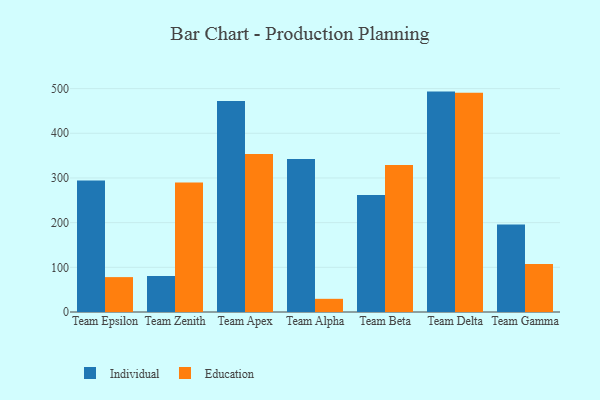
{"axis": {"x": "Team", "y": "Energy Usage (MWh)"}, "legend": ["Education", "Individual"], "data": [{"x": "Team Epsilon", "y": 294.4, "type": "Individual"}, {"x": "Team Epsilon", "y": 78.1, "type": "Education"}, {"x": "Team Zenith", "y": 80.6, "type": "Individual"}, {"x": "Team Zenith", "y": 290.0, "type": "Education"}, {"x": "Team Apex", "y": 472.3, "type": "Individual"}, {"x": "Team Apex", "y": 353.6, "type": "Education"}, {"x": "Team Alpha", "y": 342.4, "type": "Individual"}, {"x": "Team Alpha", "y": 29.5, "type": "Education"}, {"x": "Team Beta", "y": 261.6, "type": "Individual"}, {"x": "Team Beta", "y": 328.9, "type": "Education"}, {"x": "Team Delta", "y": 493.3, "type": "Individual"}, {"x": "Team Delta", "y": 490.6, "type": "Education"}, {"x": "Team Gamma", "y": 195.6, "type": "Individual"}, {"x": "Team Gamma", "y": 107.5, "type": "Education"}]}